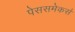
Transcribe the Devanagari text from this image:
पेससमेकर्स